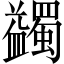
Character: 蠲